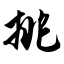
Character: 挑